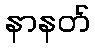
နာနတ်